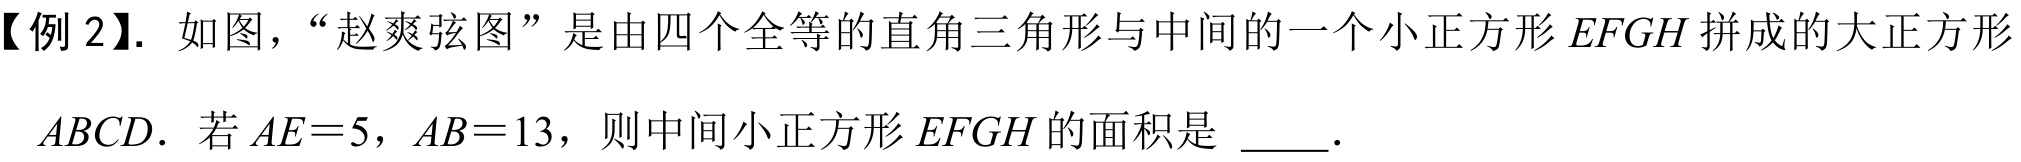
【例 2】. 如图，“赵爽弦图” 是由四个全等的直角三角形与中间的一个小正方形 \(EFGH\) 拼成的大正方形
\(ABCD\). 若 \(AE = 5\)，\(AB = 13\)，则中间小正方形 \(EFGH\) 的面积是 \(\underline{\quad\quad}\).